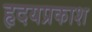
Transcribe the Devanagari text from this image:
हृदयप्रकाश